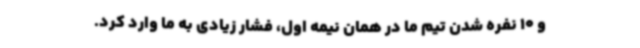
و 10 نفره شدن تیم ما در همان نیمه اول، فشار زیادی به ما وارد کرد.